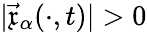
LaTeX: |\vec{\mathfrak{x}}_{\alpha}(\cdot,t)|>0